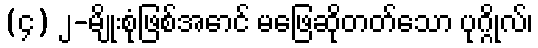
(၄) ၂-မျိုးစုံဖြစ်အောင် မဖြေဆိုတတ်သော ပုဂ္ဂိုလ်၊